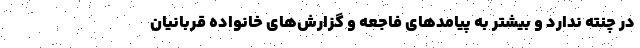
در چنته ندارد و بیشتر به پیامدهای فاجعه و گزارش‌های خانواده قربانیان